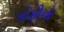
કોફીનો